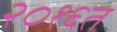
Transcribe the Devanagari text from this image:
२०१६त